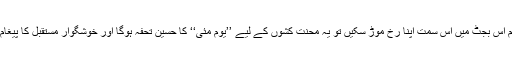
اگر ہم اس بجٹ میں اس سمت اپنا رخ موڑ سکیں تو یہ محنت کشوں کے لیے ’’یوم مئی‘‘ کا حسین تحفہ ہوگا اور خوشگوار مستقبل کا پیغام بھی۔